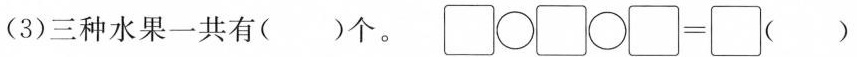
(3)三种水果一共有()个。\Box \bigcirc \Box \bigcirc \Box =\Box ()